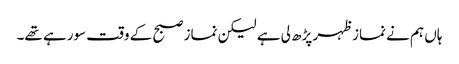
ہاں ہم نے نماز ظہر پڑھ لی ہے لیکن نماز صبح کے وقت سورہے تھے۔